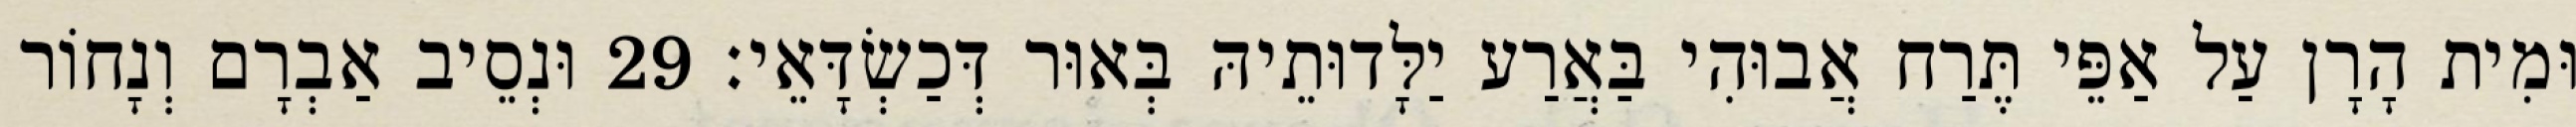
וּמִית הָרָן עַל אַפֵּי תֶּרַח אֲבוּהִי בַּאֲרַע יַלָּדוּתֵיהּ בְּאוּר דְּכַשְׂדָּאֵי׃ 29 וּנְסֵיב אַבְרָם וְנָחוֹר